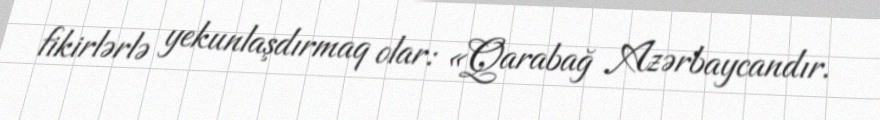
fikirlərlə yekunlaşdırmaq olar: «Qarabağ Azərbaycandır.